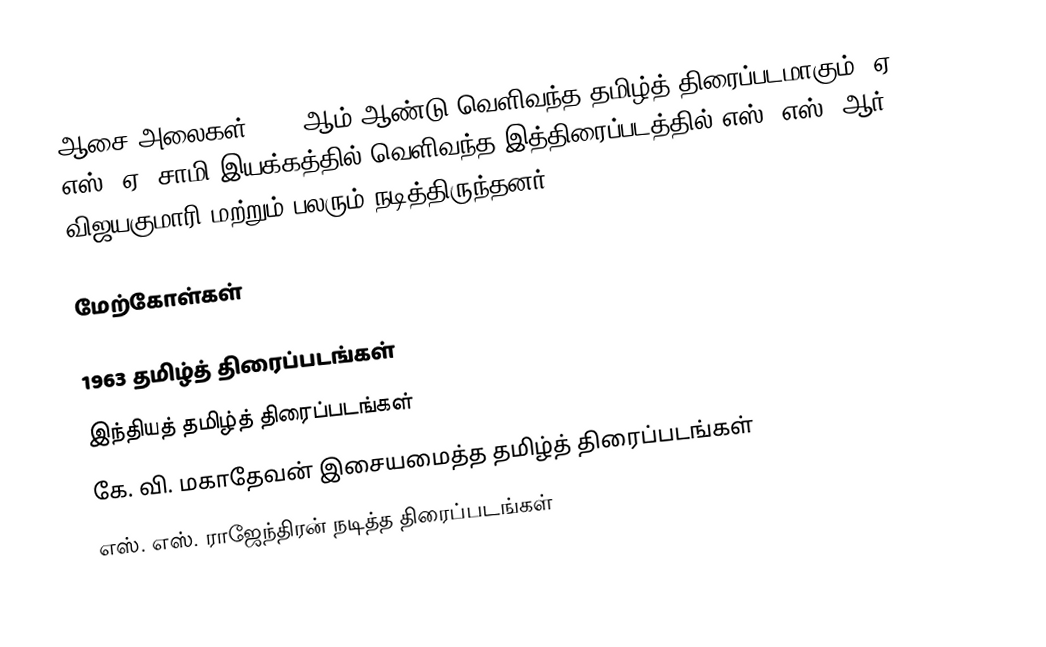
ஆசை அலைகள் 1963 ஆம் ஆண்டு வெளிவந்த தமிழ்த் திரைப்படமாகும். ஏ. எஸ். ஏ. சாமி இயக்கத்தில் வெளிவந்த இத்திரைப்படத்தில் எஸ். எஸ். ஆர், விஜயகுமாரி மற்றும் பலரும் நடித்திருந்தனர்.

மேற்கோள்கள்

1963 தமிழ்த் திரைப்படங்கள்
இந்தியத் தமிழ்த் திரைப்படங்கள்
கே. வி. மகாதேவன் இசையமைத்த தமிழ்த் திரைப்படங்கள்
எஸ். எஸ். ராஜேந்திரன் நடித்த திரைப்படங்கள்